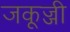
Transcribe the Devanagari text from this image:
जकूज्जी